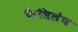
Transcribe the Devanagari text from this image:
कैसिलेथ